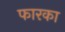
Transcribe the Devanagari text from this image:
फारका